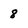
Character: 8